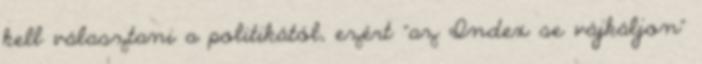
kell választani a politikától, ezért "az Index se vájkáljon"